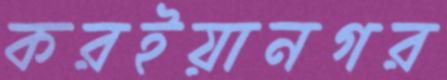
করইয়ানগর